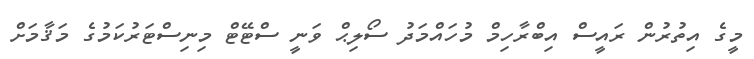
މީގެ އިތުރުން ރައީސް އިބްރާހިމް މުހައްމަދު ސޯލިޙް ވަނީ ސްޓޭޓް މިނިސްޓަރުކަމުގެ މަޤާމަށް